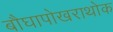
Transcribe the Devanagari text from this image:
बौघापोखराथोक